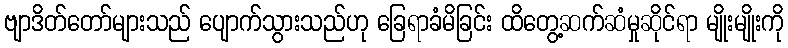
ဗျာဒိတ်တော်များသည် ပျောက်သွားသည်ဟု ခြေရာခံမိခြင်း ထိတွေ့ဆက်ဆံမှုဆိုင်ရာ မျိုးမျိုးကို